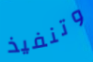
وتنفيذ